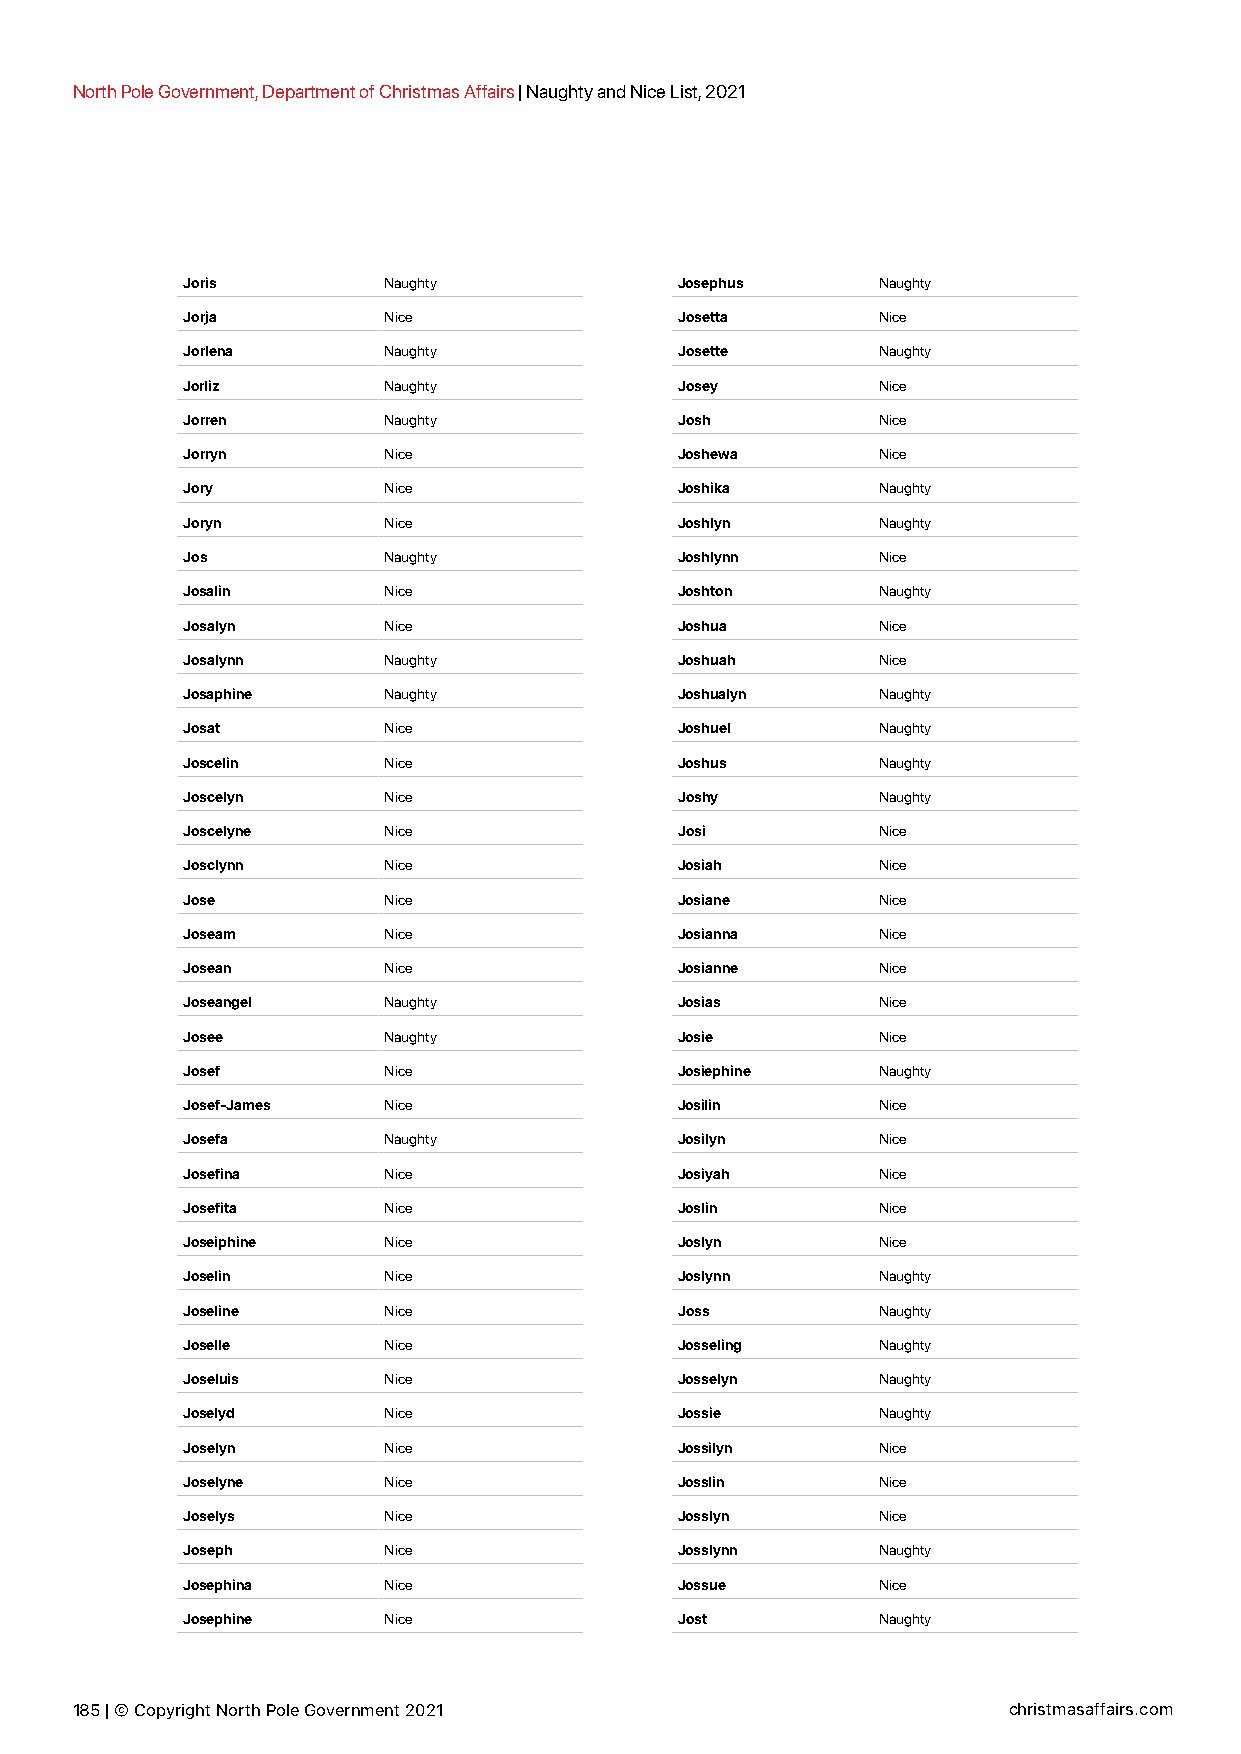
North Pole Government, Department of Christmas Affairs | Naughty and Nice List, 2021
 Joris        Naughty             Josephus     Naughty
 Jorja        Nice                Josetta      Nice
 Jorlena      Naughty             Josette      Naughty
 Jorliz       Naughty             Josey        Nice
 Jorren       Naughty             Josh         Nice
 Jorryn       Nice                Joshewa      Nice
 Jory         Nice                Joshika      Naughty
 Joryn        Nice                Joshlyn      Naughty
 Jos          Naughty             Joshlynn     Nice
 Josalin      Nice                Joshton      Naughty
 Josalyn      Nice                Joshua       Nice
 Josalynn     Naughty             Joshuah      Nice
 Josaphine    Naughty             Joshualyn    Naughty
 Josat        Nice                Joshuel      Naughty
 Joscelin     Nice                Joshus       Naughty
 Joscelyn     Nice                Joshy        Naughty
 Joscelyne    Nice                Josi         Nice
 Josclynn     Nice                Josiah       Nice
 Jose         Nice                Josiane      Nice
 Joseam       Nice                Josianna     Nice
 Josean       Nice                Josianne     Nice
 Joseangel    Naughty             Josias       Nice
 Josee        Naughty             Josie        Nice
 Josef        Nice                Josiephine   Naughty
 Josef-James  Nice                Josilin      Nice
 Josefa       Naughty             Josilyn      Nice
 Josefina     Nice                Josiyah      Nice
 Josefita     Nice                Joslin       Nice
 Joseiphine   Nice                Joslyn       Nice
 Joselin      Nice                Joslynn      Naughty
 Joseline     Nice                Joss         Naughty
 Joselle      Nice                Josseling    Naughty
 Joseluis     Nice                Josselyn     Naughty
 Joselyd      Nice                Jossie       Naughty
 Joselyn      Nice                Jossilyn     Nice
 Joselyne     Nice                Josslin      Nice
 Joselys      Nice                Josslyn      Nice
 Joseph       Nice                Josslynn     Naughty
 Josephina    Nice                Jossue       Nice
 Josephine    Nice                Jost         Naughty
 185 | © Copyright North Pole Government 2021                  christmasaffairs.com